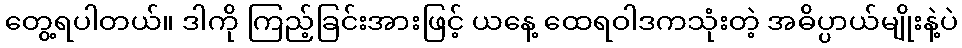
တွေ့ရပါတယ်။ ဒါကို ကြည့်ခြင်းအားဖြင့် ယနေ့ ထေရဝါဒကသုံးတဲ့ အဓိပ္ပာယ်မျိုးနဲ့ပဲ